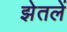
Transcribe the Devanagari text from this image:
झेतलें